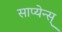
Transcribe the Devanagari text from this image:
साप्येन्स्